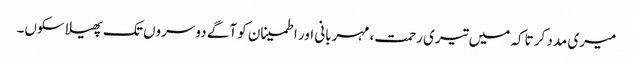
میری مدد کر تاکہ میں تیری رحمت، مہربانی اور اطمینان کو آگے دوسروں تک پھیلا سکوں۔